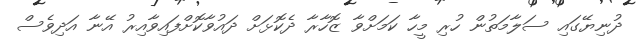
ދުނިޔޭގައި ސަލާމަތުން ހުރި މީހާ ކަމަށްވާ ޒޮހާރާ ދެކޮޅަށް ދައުވާކޮށްފައިވާއިރު އޭނާ އަދިވެސް